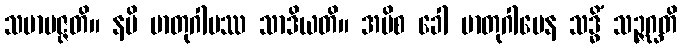
သမာပဇ္ဇတိ။ နပိ မာတုဂါမဿ သာဒိယတိ။ အပိစ ခေါ မာတုဂါမေန သဒ္ဓိံ သဉ္ဇဂ္ဃတိ